Vaccination North-Western Provinces 1866-1877 - 1866-1877
Year: 1866
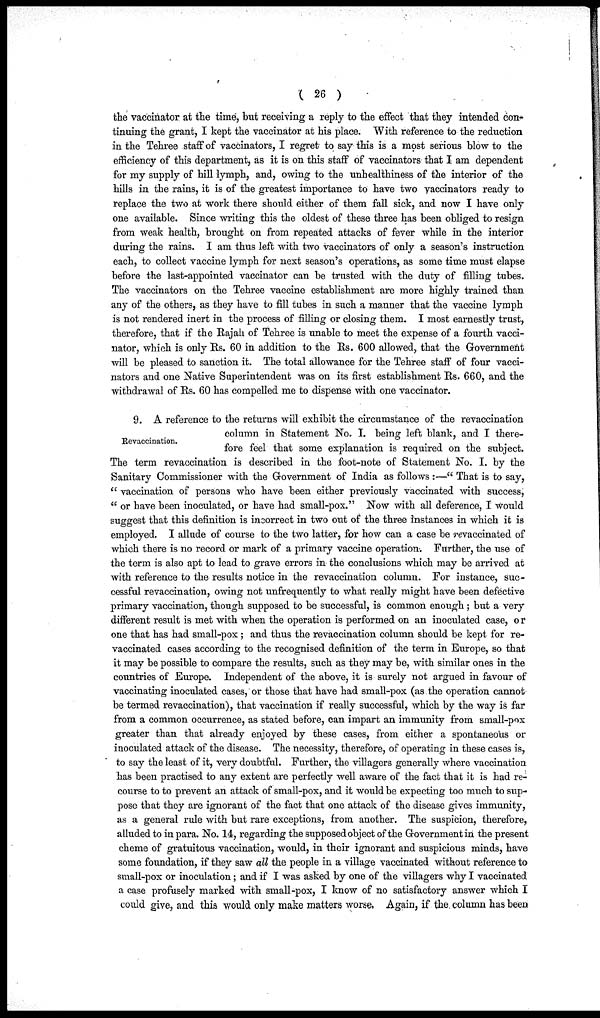
( 26 )
the vaccinator at the time, but receiving a reply to the effect that they intended con-
tinuing the grant, I kept the vaccinator at his place. With reference to the reduction
in the Tehree staff of vaccinators, I regret to say this is a most serious blow to the
efficiency of this department, as it is on this staff of vaccinators that I am dependent
for my supply of hill lymph, and, owing to the unhealthiness of the interior of the
hills in the rains, it is of the greatest importance to have two vaccinators ready to
replace the two at work there should either of them fall sick, and now I have only
one available. Since writing this the oldest of these three has been obliged to resign
from weak health, brought on from repeated attacks of fever while in the interior
during the rains. I am thus left with two vaccinators of only a season's instruction
each, to collect vaccine lymph for next season's operations, as some time must elapse
before the last-appointed vaccinator can be trusted with the duty of filling tubes.
The vaccinators on the Tehree vaccine establishment are more highly trained than
any of the others, as they have to fill tubes in such a manner that the vaccine lymph
is not rendered inert in the process of filling or closing them. I most earnestly trust,
therefore, that if the Rajah of Tehree is unable to meet the expense of a fourth vacci-
nator, which is only Rs. 60 in addition to the Rs. 600 allowed, that the Government
will be pleased to sanction it. The total allowance for the Tehree staff of four vacci-
nators and one Native Superintendent was on its first establishment Rs. 660, and the
withdrawal of Rs. 60 has compelled me to dispense with one vaccinator.
Revaccination.
9. A reference to the returns will exhibit the circumstance of the revaccination
column in Statement No. I. being left blank, and I there-
fore feel that some explanation is required on the subject.
The term revaccination is described in the foot-note of Statement No. I. by the
Sanitary Commissioner with the Government of India as follows :—" That is to say,
" vaccination of persons who have been either previously vaccinated with success,
" or have been inoculated, or have had small-pox." Now with all deference, I would
suggest that this definition is incorrect in two out of the three instances in which it is
employed. I allude of course to the two latter, for how can a case be revaccinated of
which there is no record or mark of a primary vaccine operation. Further, the use of
the term is also apt to lead to grave errors in the conclusions which may be arrived at
with reference to the results notice in the revaccination column. For instance, suc-
cessful revaccination, owing not unfrequently to what really might have been defective
primary vaccination, though supposed to be successful, is common enough; but a very
different result is met with when the operation is performed on an inoculated case, or
one that has had small-pox; and thus the revaccination column should be kept for re-
vaccinated cases according to the recognised definition of the term in Europe, so that
it may be possible to compare the results, such as they may be, with similar ones in the
countries of Europe. Independent of the above, it is surely not argued in favour of
vaccinating inoculated cases, or those that have had small-pox (as the operation cannot
be termed revaccination), that vaccination if really successful, which by the way is far
from a common occurrence, as stated before, can impart an immunity from small-pox
greater than that already enjoyed by these cases, from either a spontaneous or
inoculated attack of the disease. The necessity, therefore, of operating in these cases is,
to say the least of it, very doubtful. Further, the villagers generally where vaccination
has been practised to any extent are perfectly well aware of the fact that it is had re-
course to to prevent an attack of small-pox, and it would be expecting too much to sup-
pose that they are ignorant of the fact that one attack of the disease gives immunity,
as a general rule with but rare exceptions, from another. The suspicion, therefore,
alluded to in para. No. 14, regarding the supposed object of the Government in the present
cheme of gratuitous vaccination, would, in their ignorant and suspicious minds, have
some foundation, if they saw all the people in a village vaccinated without reference to
small-pox or inoculation; and if I was asked by one of the villagers why I vaccinated
a case profusely marked with small-pox, I know of no satisfactory answer which I
could give, and this would only make matters worse. Again, if the. column has been